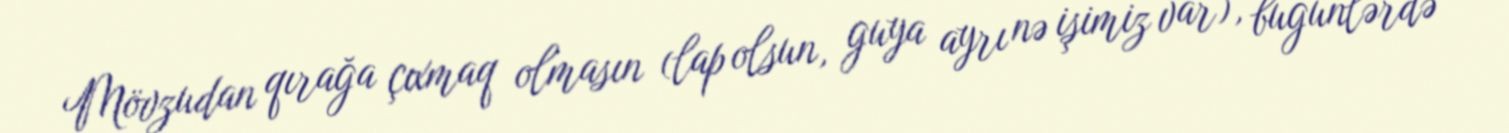
Mövzudan qırağa çıxmaq olmasın (lap olsun, guya ayrı nə işimiz var), bugünlərdə